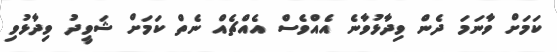
ކަމަށް ވާނަމަ ދެން ވިދާޅުވާނެ އެއްވެސް އެއްޗެއް ނެތް ކަމަށް ޝަވީދު ވިދާޅުވި